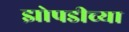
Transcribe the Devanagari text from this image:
झोपडीच्या